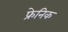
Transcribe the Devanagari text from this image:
फ्रेनिक